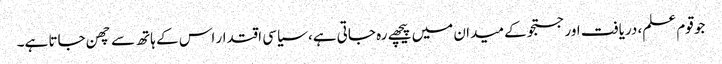
جو قوم علم، دریافت اور جستجو کے میدان میں پیچھے رہ جاتی ہے، سیاسی اقتدار اس کے ہاتھ سے چھن جاتا ہے۔